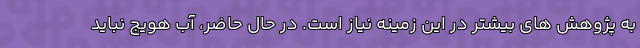
به پژوهش های بیشتر در این زمینه نیاز است. در حال حاضر، آب هویج نباید